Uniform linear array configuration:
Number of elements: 8
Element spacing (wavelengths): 1
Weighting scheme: cosine
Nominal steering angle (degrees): -30
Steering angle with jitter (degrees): -31.66
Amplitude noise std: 0.05
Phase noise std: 0.05

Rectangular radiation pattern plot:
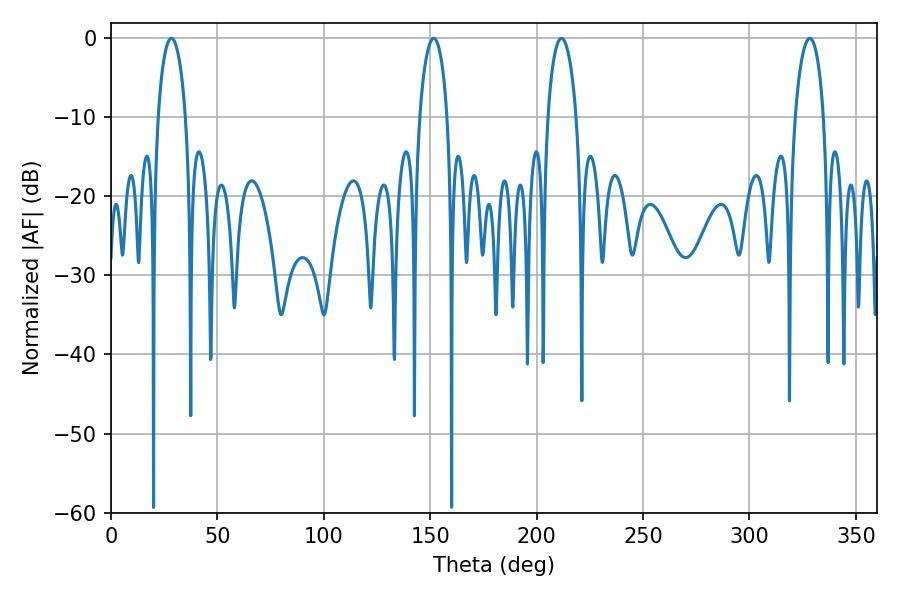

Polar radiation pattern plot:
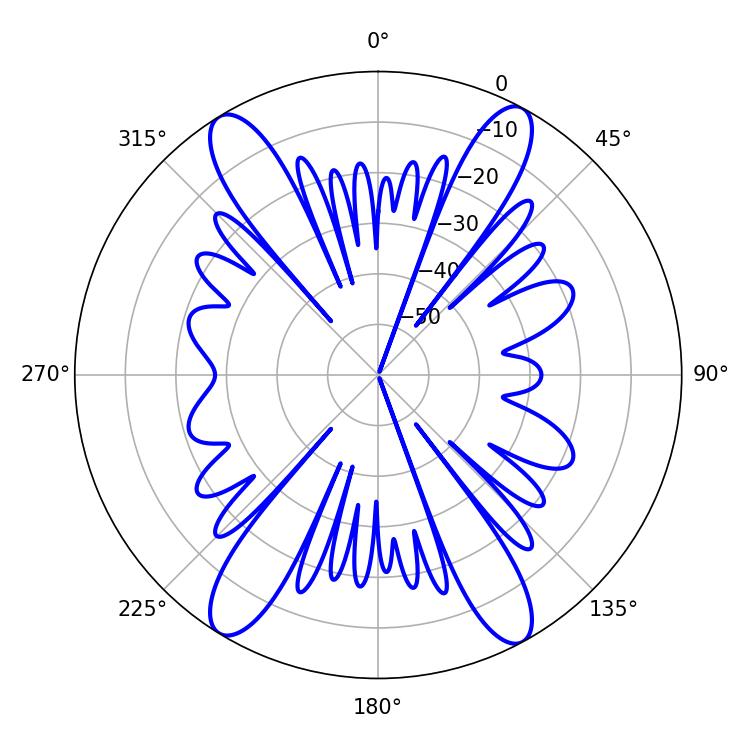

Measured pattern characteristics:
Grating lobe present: TRUE
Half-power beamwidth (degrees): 7.74
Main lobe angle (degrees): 211.68